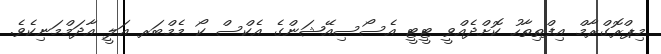
މިޕްރޮގްރާމް އިފްތިތާހު ކޮށްދެއްވީ ޓީޓީ އެސޯސިއޭޝަންގެ އެކްސް ކޯ މެމްބަރ އަލީ އާދަމްމަނިކެވެ.